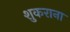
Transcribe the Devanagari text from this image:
शुकराना